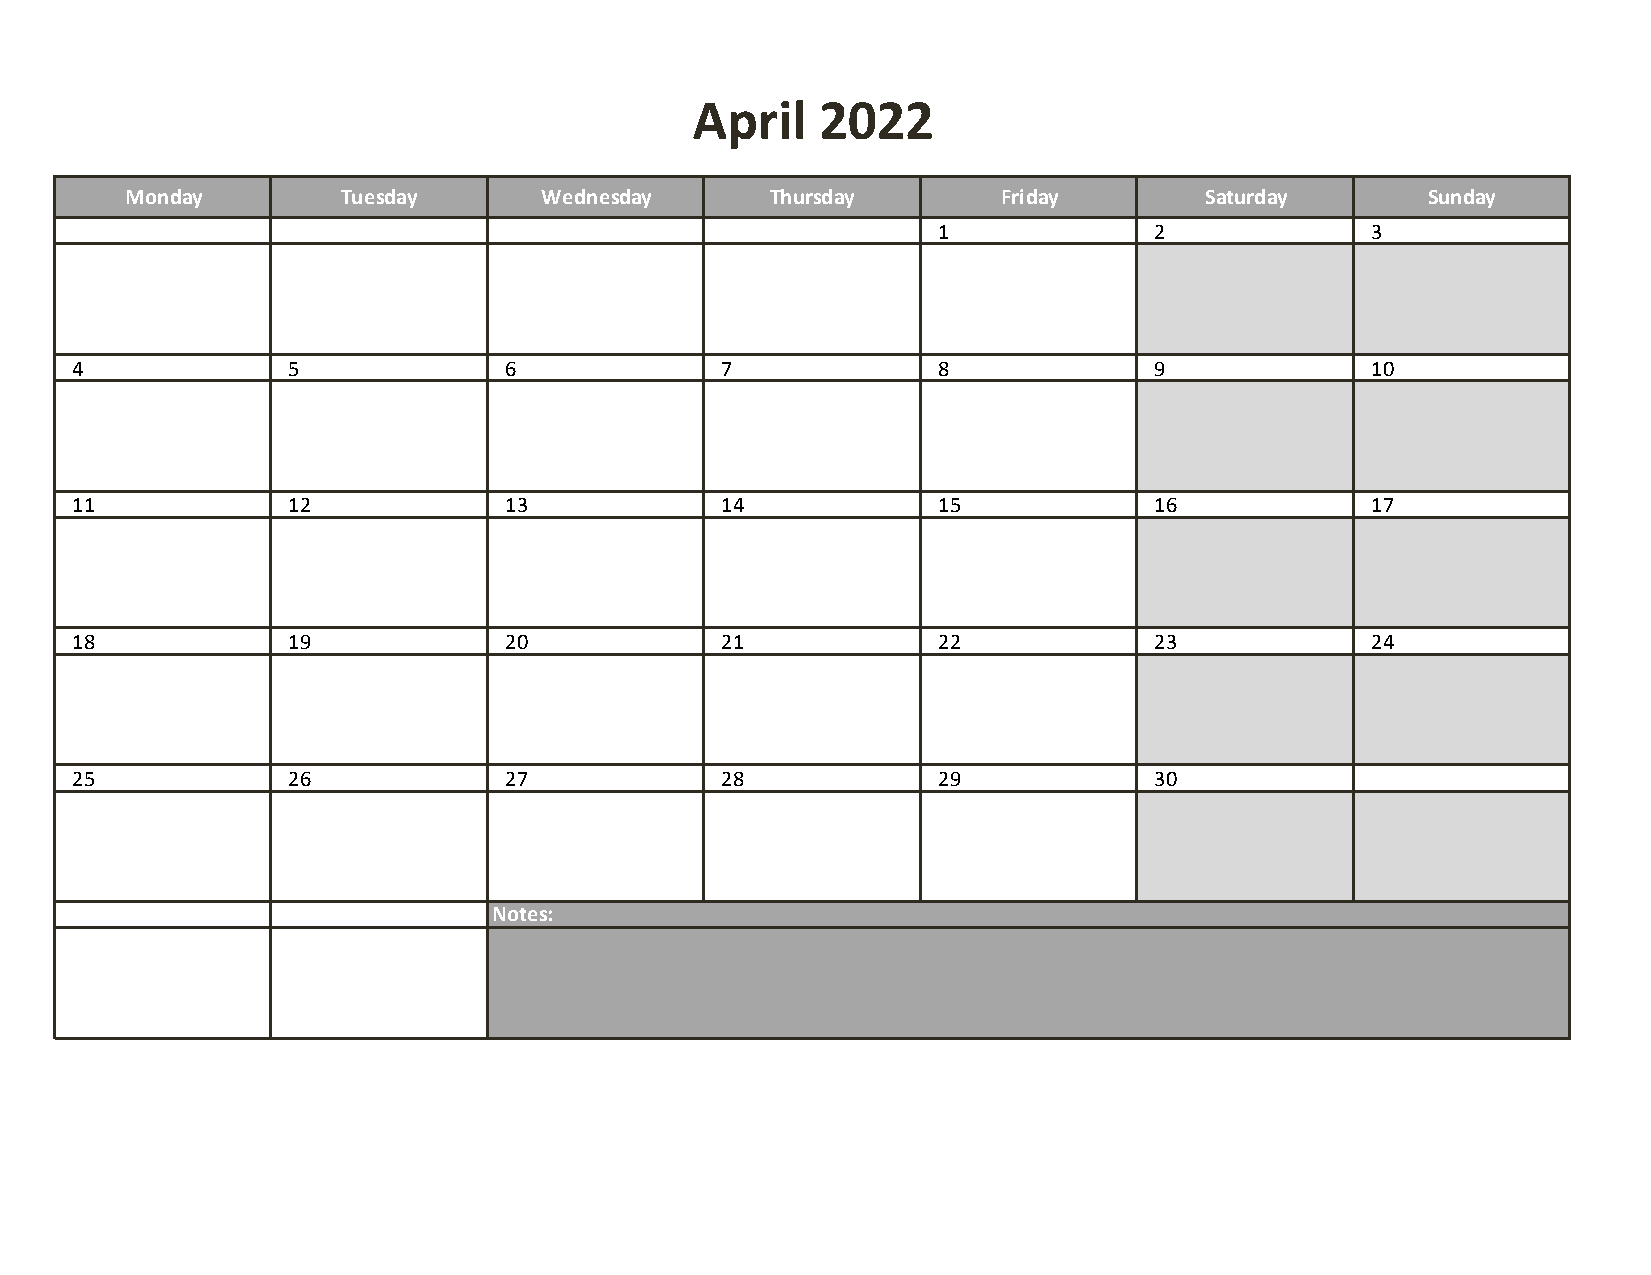
April   2022
 Monday         Tuesday      Wednesday      Thursday       Friday        Saturday      Sunday
 1             2              3
 4             5             6              7             8             9              10
 11            12            13             14            15            16             17
 18            19            20             21            22            23             24
 25            26            27             28            29            30
 Notes: